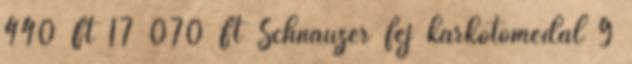
440 Ft 17 070 Ft Schnauzer fej karkötőmedál 9